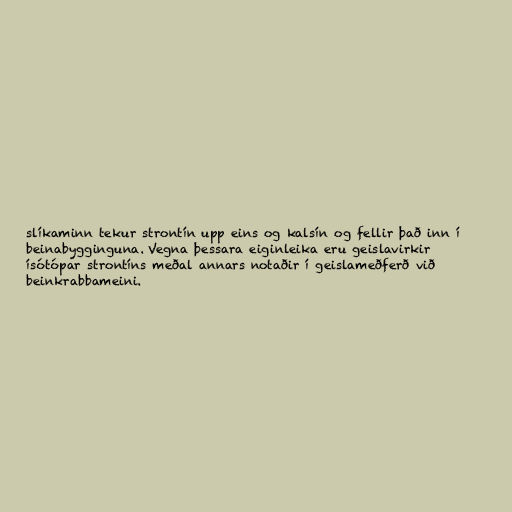
slíkaminn tekur strontín upp eins og kalsín og fellir það inn í
beinabygginguna. Vegna þessara eiginleika eru geislavirkir
ísótópar strontíns meðal annars notaðir í geislameðferð við
beinkrabbameini.